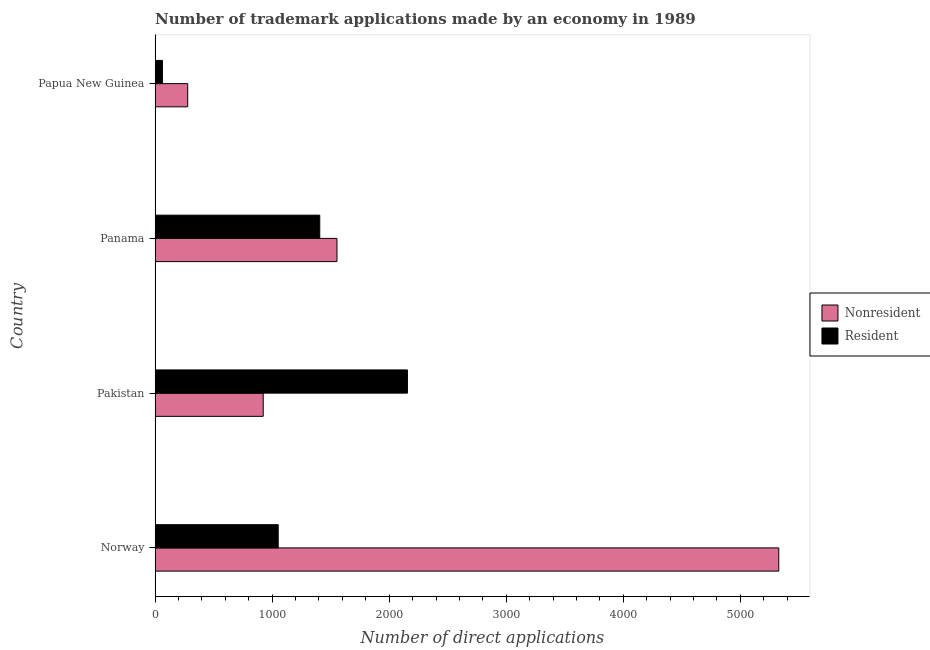
| Country | Nonresident | Resident |
 | --- | --- | --- |
 | Norway | 5.33e+03 | 1.05e+03 |
 | Pakistan | 924 | 2.16e+03 |
 | Panama | 1.55e+03 | 1.41e+03 |
 | Papua New Guinea | 279 | 63 |